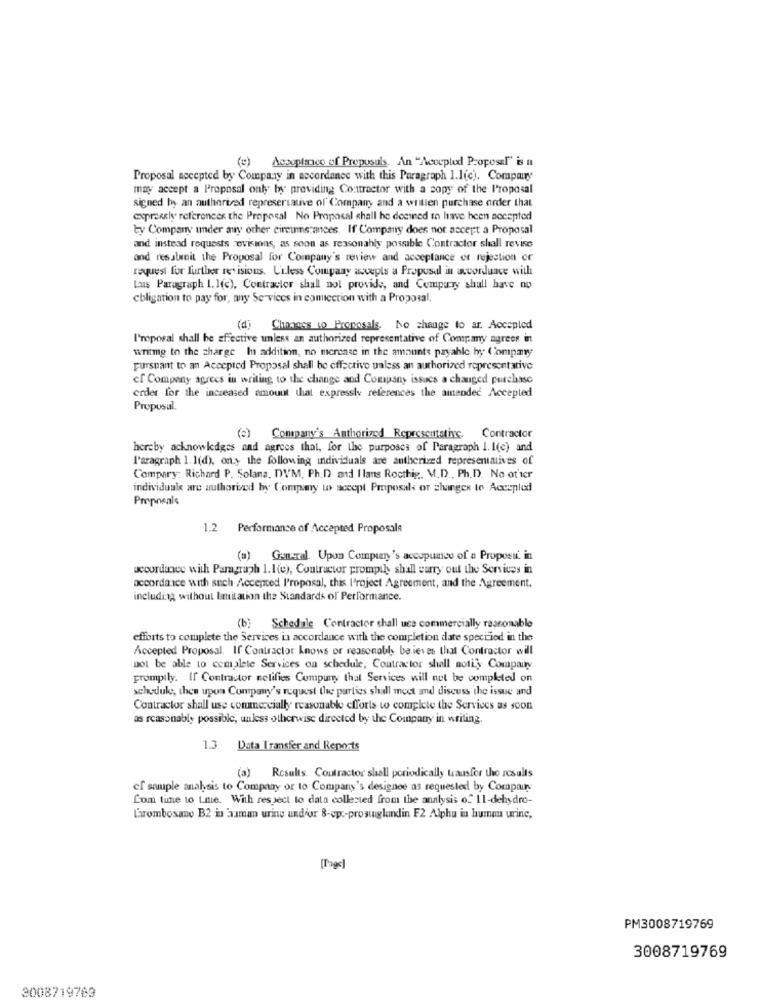
Accuplanco of Proposals. An "Acoupled Proposal" is it
Proposal accepted by Company in accordance with this Paragraph 1.1(c). Compoury
may accept a Proposal only by providing Contractor with a copy of the Proposal
signed by an authorized represervative of Company and a willen purchase order that
expressly references the Proposal No Proposal shall be deemed to have been accepted
ty Company under any other circumstances. If Company does not accept a Proposal
and instead requests revisions, as soon as reasonably possible Contractor shall revise
and resubmit the Proposal for Company's review and acceptance of rejection or
request for further revisions. Unless Company accepts a Proposal in accordance with
Luis Paragraph 1. 1(c), Contractor shall not provide, and Compurry shull have no
cbligation to pay for, any Services in commection with a Proposal,
(4)
Changes to Proposals. No change to ar. Accepted
I'moposal shall be Effective unless an authorized representative of Company agrees in
writmg to the charge In addition, no merease in the amounte payable hy Company
pursuant to an Accepted Proposal shall be effective unless an authorized representative
ef Company agrees in writing to the change and Company issues a changed purchase
erdet for the increased amount that expressly references the amended Accepted
Propusul.
(e) Company's Authorized Representative. Contractor
hereby acknowledges and agrees that, for the purposes of Paragraph I. I(e) and
l'aragraph 1.1(d), ony the following individuals are authorized representatives of
Compary: Richard P. Solana, DVM, Ph.D and I lans Rocthig, M.D ., Ph.D. No ot'icr
individuals are authorized by Company to accept Proposals or changes to Accepled
Pmpneals
1.2 Performance of Accepted Proposals
(a) Goncal. Upon Company's accopunce of a Proposat in
accordance with Paragraph 1.1(e), Contractor promptly shall curry out the Services in
accordance with such Accepted l'roposal, this I'roject Agreement, and the Agreement,
including without limitation the Standards of Performance.
(b] Schedule Contractor chall uce commercially reasonable
efforts to complete the Services in accordance with the completion date specified in the
Accepted Proposal. If Contractor knows or reasonably believes that Contractor will
not be able to complete Services on schedule, Contractor shall notify Company
promptly. If Contractor nelifies Compuny that Services will not be completed on
schedule, then upon Company's request the parties shall meet and discuss the issue and
Contractor shall use commercially reasonable efforts to complete the Services as soon
as reasonably possible, unless otherwise directed by the Company in writing.
1.3 Data Transfer and Reports
(a)
Results. Contractor shall periodically trausfor the results
ef souple analysis to Company or to Company's designee as requested by Compair
Lom time to Lnie. With respect to data collected from the analysis of 11-dehydro-
thromboxano B2 in aman uring undfor 8-cp :- prosuglandin F2 Alpha in huma urine,
[Page]
PM3008719769
3008719769
3008719763